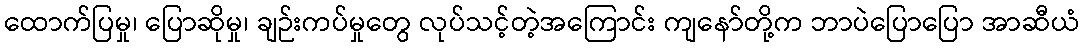
ထောက်ပြမှု၊ ပြောဆိုမှု၊ ချဉ်းကပ်မှုတွေ လုပ်သင့်တဲ့အကြောင်း ကျနော်တို့က ဘာပဲပြောပြော အာဆီယံ